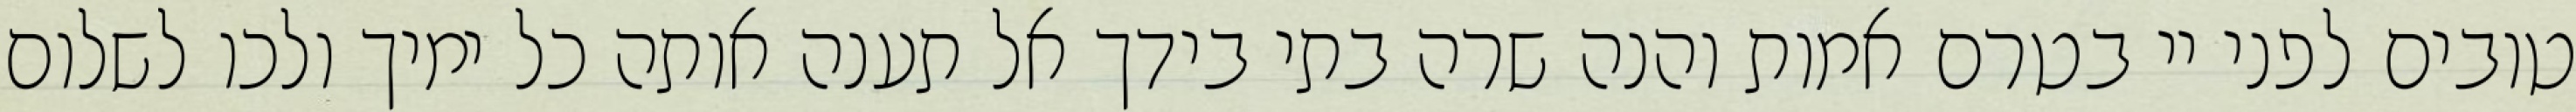
טובים לפני יי בטרם אמות והנה שרה בתי בידך אל תענה אותה כל ימיך ולכו לשלום